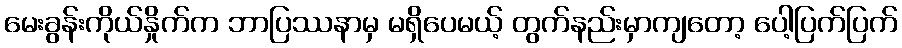
မေးခွန်းကိုယ်နှိုက်က ဘာပြဿနာမှ မရှိပေမယ့် တွက်နည်းမှာကျတော့ ပေါ့ပြက်ပြက်